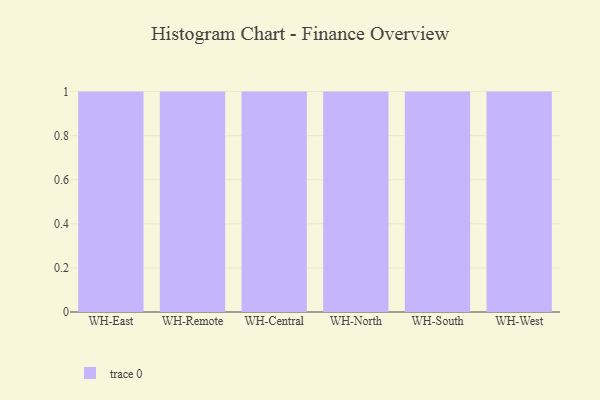
{"axis": {"x": "Warehouse", "y": "Bounce Rate (%)"}, "legend": [""], "data": [{"x": "WH-East", "y": 95, "type": ""}, {"x": "WH-Remote", "y": 10, "type": ""}, {"x": "WH-Central", "y": 48, "type": ""}, {"x": "WH-North", "y": 28, "type": ""}, {"x": "WH-South", "y": 23, "type": ""}, {"x": "WH-West", "y": 5, "type": ""}]}